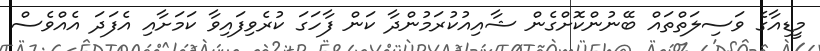
މީޑިއާގެ ވަސިލަތްތައް ބޭނުންކޮށްގެން ޝާއިއުކުރަމުންދާ ކަން ފާހަަގަ ކުރެވިފައިވާ ކަމަށާއި އެފަދަ އެއްވެސް